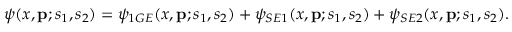
\psi ( x , { \bf p } ; s _ { 1 } , s _ { 2 } ) = \psi _ { 1 G E } ( x , { \bf p } ; s _ { 1 } , s _ { 2 } ) + \psi _ { S E 1 } ( x , { \bf p } ; s _ { 1 } , s _ { 2 } ) + \psi _ { S E 2 } ( x , { \bf p } ; s _ { 1 } , s _ { 2 } ) .